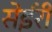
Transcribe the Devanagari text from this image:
सेईरी